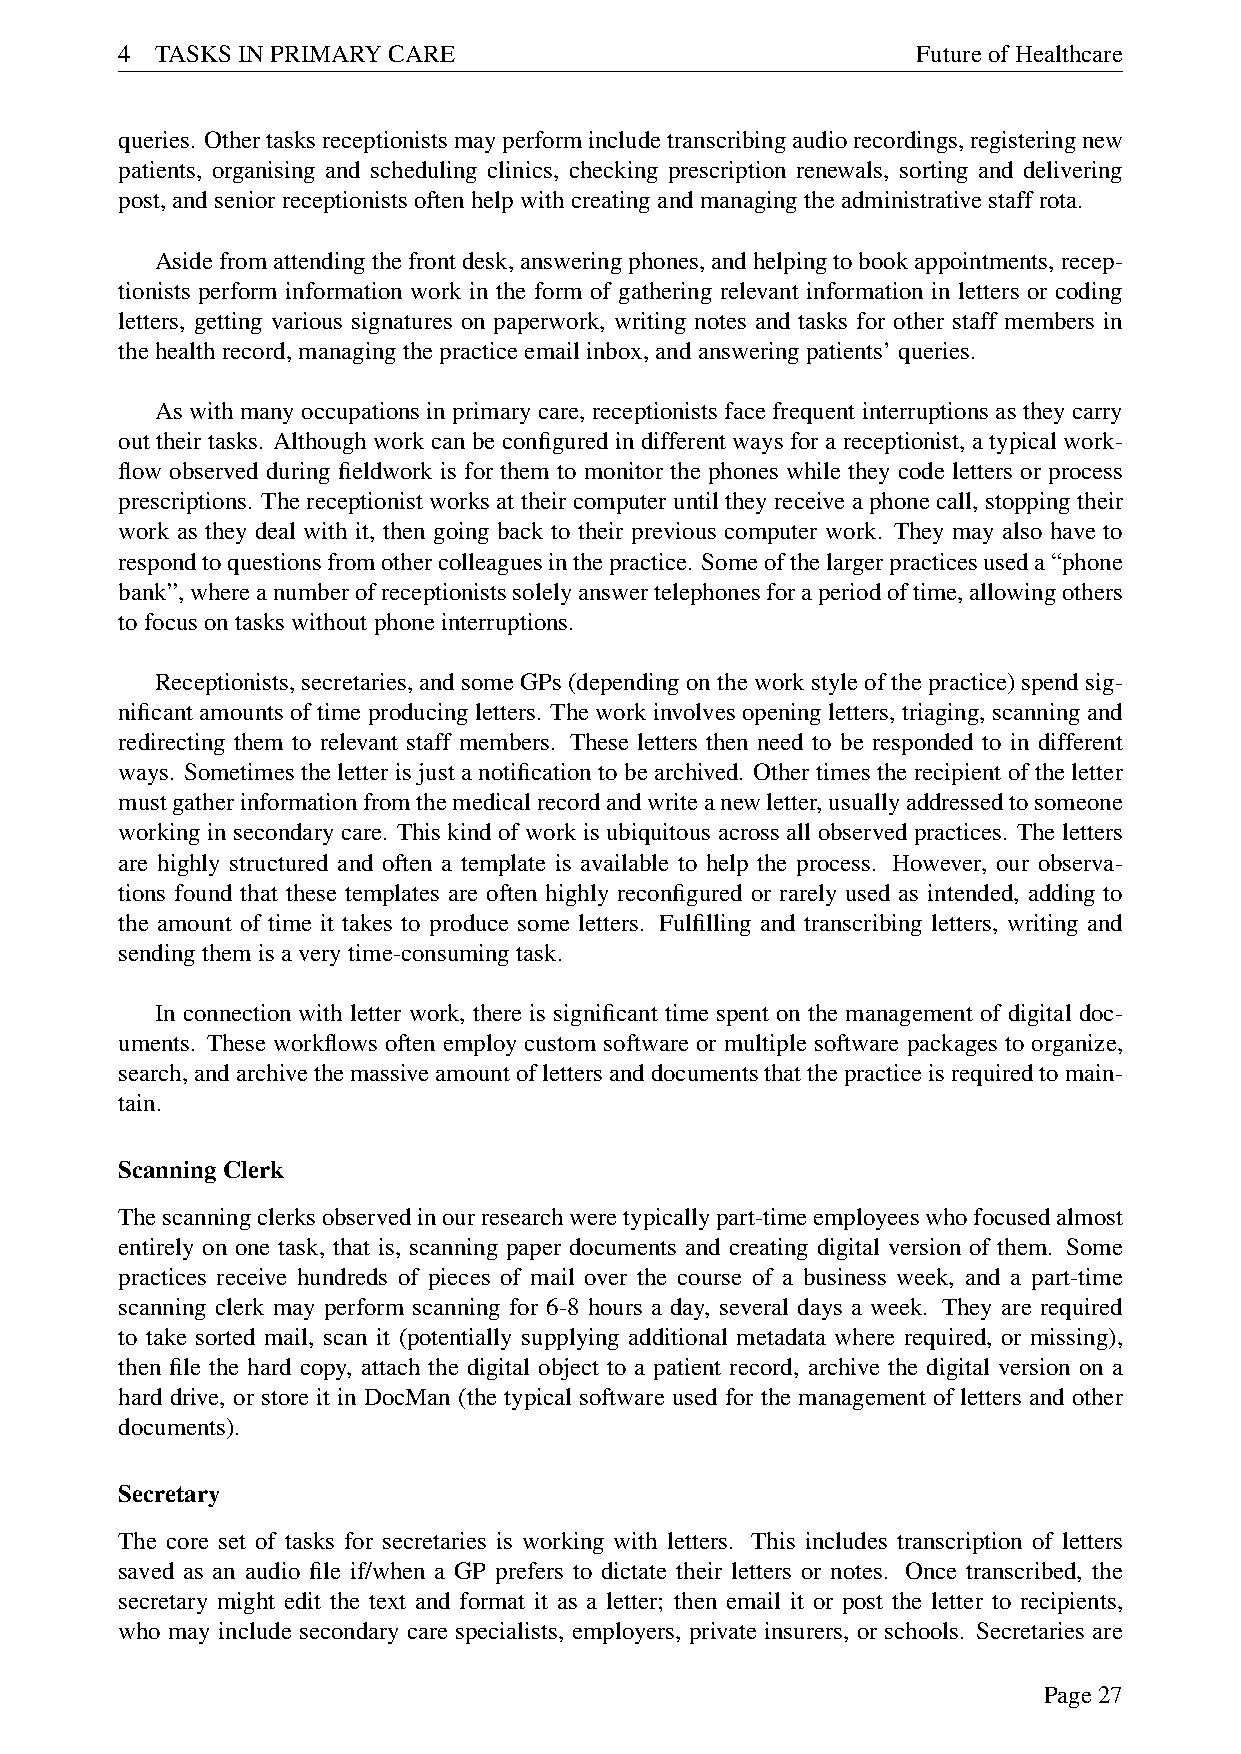
4 TASKSINPRIMARYCARE                                 FutureofHealthcare
 queries. Othertasksreceptionistsmayperformincludetranscribingaudiorecordings,registeringnew
 patients, organising and scheduling clinics, checking prescription renewals, sorting and delivering
 post,andseniorreceptionistsoftenhelpwithcreatingandmanagingtheadministrativestaffrota.
 Asidefromattendingthefrontdesk,answeringphones,andhelpingtobookappointments,recep-
 tionists perform information work in the form of gathering relevant information in letters or coding
 letters, getting various signatures on paperwork, writing notes and tasks for other staff members in
 thehealthrecord,managingthepracticeemailinbox,andansweringpatients’queries.
 As with many occupations in primary care, receptionists face frequent interruptions as they carry
 out their tasks. Although work can be configured in different ways for a receptionist, a typical work-
 flow observed during fieldwork is for them to monitor the phones while they code letters or process
 prescriptions. The receptionist works at their computer until they receive a phone call, stopping their
 work as they deal with it, then going back to their previous computer work. They may also have to
 respondtoquestionsfromothercolleaguesinthepractice. Someofthelargerpracticesuseda“phone
 bank”,whereanumberofreceptionistssolelyanswertelephonesforaperiodoftime,allowingothers
 tofocusontaskswithoutphoneinterruptions.
 Receptionists,secretaries,andsomeGPs(dependingontheworkstyleofthepractice)spendsig-
 nificant amounts of time producing letters. The work involves opening letters, triaging, scanning and
 redirecting them to relevant staff members. These letters then need to be responded to in different
 ways. Sometimes the letter is just a notification to be archived. Other times the recipient of the letter
 mustgatherinformationfromthemedicalrecordandwriteanewletter,usuallyaddressedtosomeone
 working in secondary care. This kind of work is ubiquitous across all observed practices. The letters
 are highly structured and often a template is available to help the process. However, our observa-
 tions found that these templates are often highly reconfigured or rarely used as intended, adding to
 the amount of time it takes to produce some letters. Fulfilling and transcribing letters, writing and
 sendingthemisaverytime-consumingtask.
 In connection with letter work, there is significant time spent on the management of digital doc-
 uments. These workflows often employ custom software or multiple software packages to organize,
 search,andarchivethemassiveamountoflettersanddocumentsthatthepracticeisrequiredtomain-
 tain.
 ScanningClerk
 Thescanningclerksobservedinourresearchweretypicallypart-timeemployeeswhofocusedalmost
 entirely on one task, that is, scanning paper documents and creating digital version of them. Some
 practices receive hundreds of pieces of mail over the course of a business week, and a part-time
 scanning clerk may perform scanning for 6-8 hours a day, several days a week. They are required
 to take sorted mail, scan it (potentially supplying additional metadata where required, or missing),
 then file the hard copy, attach the digital object to a patient record, archive the digital version on a
 hard drive, or store it in DocMan (the typical software used for the management of letters and other
 documents).
 Secretary
 The core set of tasks for secretaries is working with letters. This includes transcription of letters
 saved as an audio file if/when a GP prefers to dictate their letters or notes. Once transcribed, the
 secretary might edit the text and format it as a letter; then email it or post the letter to recipients,
 who may include secondary care specialists, employers, private insurers, or schools. Secretaries are
 Page27